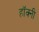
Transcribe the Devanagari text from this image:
हॉक्नी